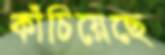
কাঁচিয়েছে